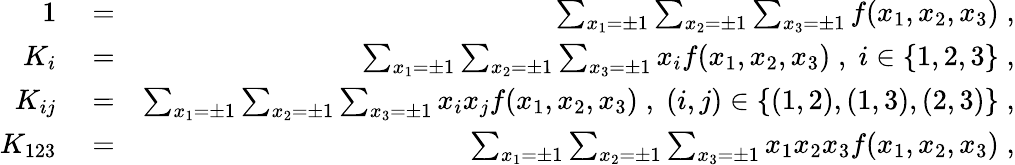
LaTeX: \begin{array}{rlr}{1}&{{}=}&{\sum_{x_{1}=\pm 1}\sum_{x_{2}=\pm 1}\sum_{x_{3}=\pm 1}f(x_{1},x_{2},x_{3})\; ,}\\ {K_{i}}&{{}=}&{\sum_{x_{1}=\pm 1}\sum_{x_{2}=\pm 1}\sum_{x_{3}=\pm 1}x_{i}f(x_{1},x_{2},x_{3})\; ,\; i\in\{ 1,2,3\} \; ,}\\ {K_{ij}}&{{}=}&{\sum_{x_{1}=\pm 1}\sum_{x_{2}=\pm 1}\sum_{x_{3}=\pm 1}x_{i}x_{j}f(x_{1},x_{2},x_{3})\; ,\; (i,j)\in\{ (1,2),(1,3),(2,3)\} \; ,}\\ {K_{123}}&{{}=}&{\sum_{x_{1}=\pm 1}\sum_{x_{2}=\pm 1}\sum_{x_{3}=\pm 1}x_{1}x_{2}x_{3}f(x_{1},x_{2},x_{3})\; ,}\end{array}